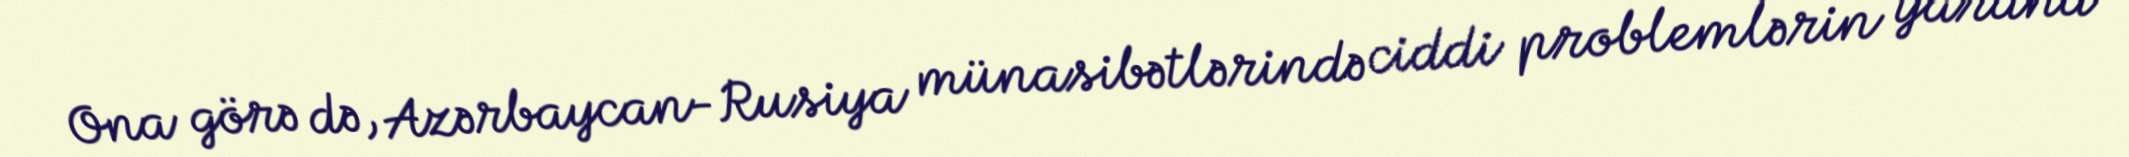
Ona görə də, Azərbaycan-Rusiya münasibətlərində ciddi problemlərin yarana